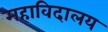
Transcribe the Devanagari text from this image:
महाविदालय